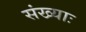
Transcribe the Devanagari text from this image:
संख्याः